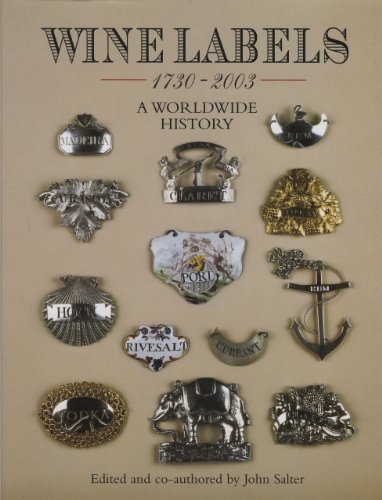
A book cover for Wine Labels: A Worldwide History; John Salter; Crafts, Hobbies & Home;